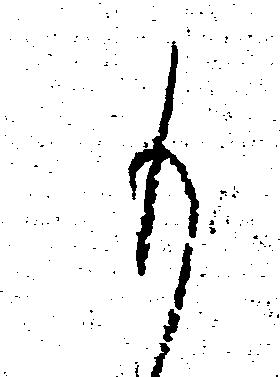
も